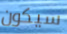
سيكون